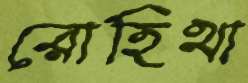
রোহিথা